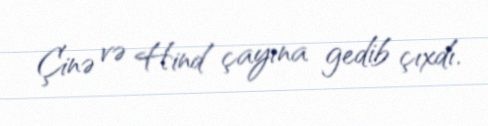
Çinə və Hind çayına gedib çıxdı.